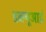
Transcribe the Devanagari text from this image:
डब्ल्यूआई